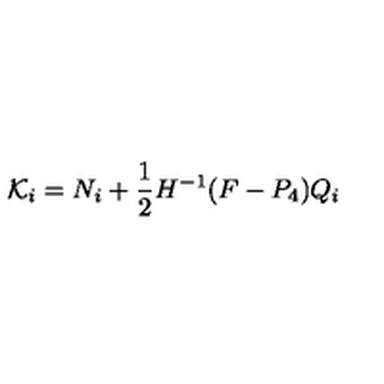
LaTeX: { \cal K } _ { i } = { N } _ { i } + \frac { 1 } { 2 } H ^ { - 1 } ( F - P _ { 4 } ) Q _ { i }